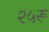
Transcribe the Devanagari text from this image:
२५रू